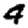
Digit: 4